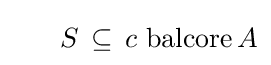
\;\;\;\;\;\;S\,\subseteq \,c\,\operatorname {balcore} A